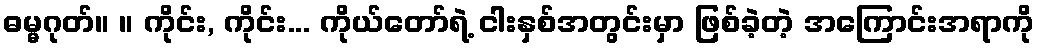
ဓမ္မဂုတ်။ ။ ကိုင်း, ကိုင်း... ကိုယ်တော်ရဲ့ ငါးနှစ်အတွင်းမှာ ဖြစ်ခဲ့တဲ့ အကြောင်းအရာကို